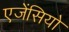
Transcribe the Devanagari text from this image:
एजेंसियो